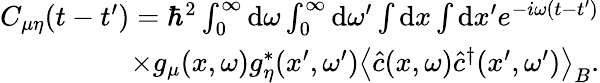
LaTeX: \begin{array}{r}{C_{\mu\eta}(t-t^{\prime})=\hbar^{2}\int_{0}^{\infty}\mathrm{d}\omega\int_{0}^{\infty}\mathrm{d}\omega^{\prime}\int\mathrm{d}x\int\mathrm{d}x^{\prime}e^{-i\omega(t-t^{\prime})}}\\ {\times g_{\mu}(x,\omega)g_{\eta}^{*}(x^{\prime},\omega^{\prime})\left\langle\hat{c}(x,\omega)\hat{c}^{\dagger}(x^{\prime},\omega^{\prime})\right\rangle_{B}.}\end{array}